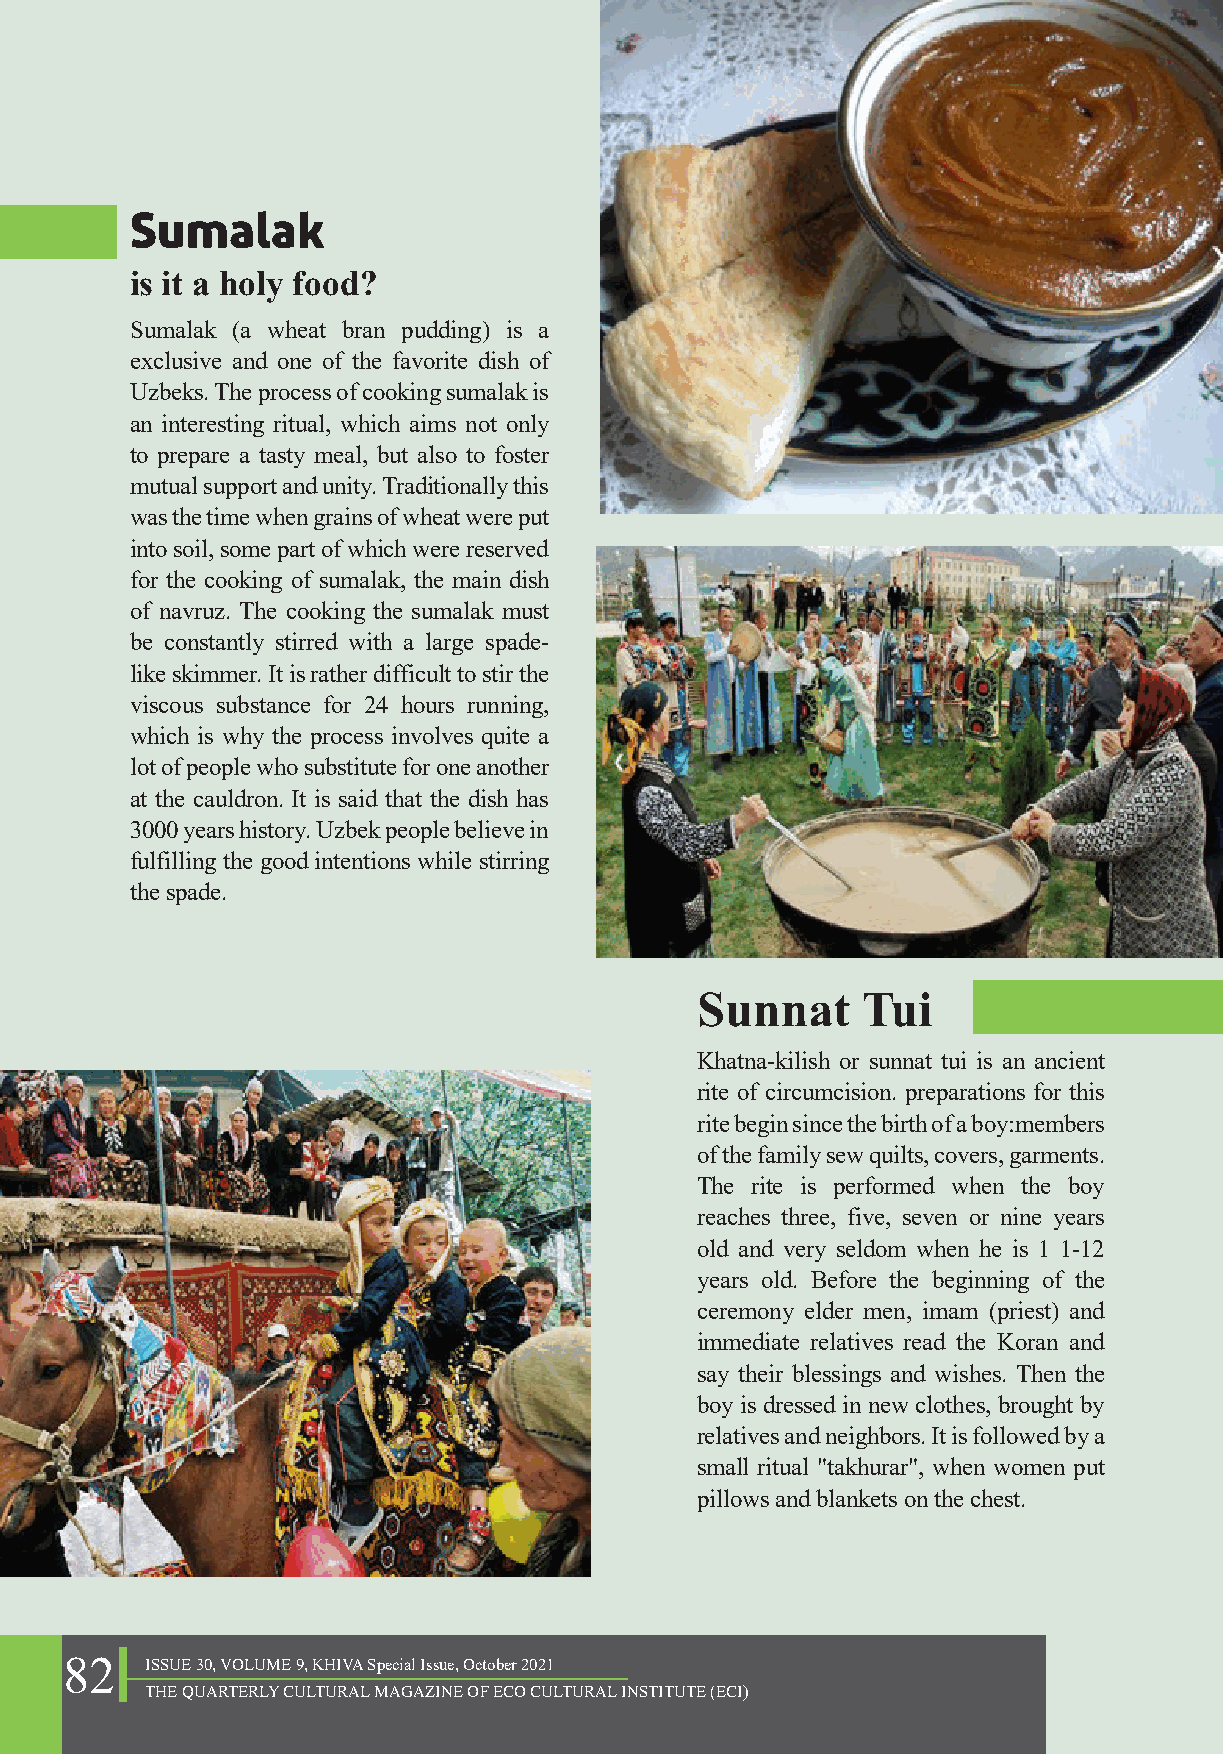
Sumalak
 is it a holy food?
 Sumalak (a wheat bran pudding) is a
 exclusive and one of the favorite dish of
 Uzbeks. The process of cooking sumalak is
 an interesting ritual, which aims not only
 to prepare a tasty meal, but also to foster
 mutual support and unity. Traditionally this
 was the time when grains of wheat were put
 into soil, some part of which were reserved
 for the cooking of sumalak, the main dish
 of navruz. The cooking the sumalak must
 be constantly stirred with a large spade-
 like skimmer. It is rather difficult to stir the
 viscous substance for 24 hours running,
 which is why the process involves quite a
 lot of people who substitute for one another
 at the cauldron. It is said that the dish has
 3000 years history. Uzbek people believe in
 fulfilling the good intentions while stirring
 the spade.
 Sunnat     Tui
 Khatna-kilish or sunnat tui is an ancient
 rite of circumcision. preparations for this
 rite begin since the birth of a boy:members
 of the family sew quilts, covers, garments.
 The rite is performed when the boy
 reaches three, five, seven or nine years
 old and very seldom when he is 1 1-12
 years old. Before the beginning of the
 ceremony elder men, imam (priest) and
 immediate relatives read the Koran and
 say their blessings and wishes. Then the
 boy is dressed in new clothes, brought by
 relatives and neighbors. It is followed by a
 small ritual "takhurar", when women put
 pillows and blankets on the chest.
 82    ISSUE 30, VOLUME 9, KHIVA Special Issue, October 2021
 THE QUARTERLY CULTURAL MAGAZINE OF ECO CULTURAL INSTITUTE (ECI)